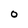
Character: 0